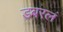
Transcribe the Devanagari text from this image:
डबरलं